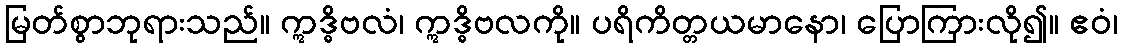
မြတ်စွာဘုရားသည်။ ဣဒ္ဓိဗလံ၊ ဣဒ္ဓိဗလကို။ ပရိကိတ္တယမာနော၊ ပြောကြားလို၍။ ဧဝံ၊